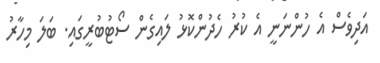
އަދިވެސް އެ ހުންނަނީ އެ ކުރު ހެދުންކޮޅު ލައިގެން ސޯޓުބުރީގައި. ބަލަ މިހާރު